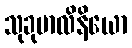
သုခုမာလိနိယော